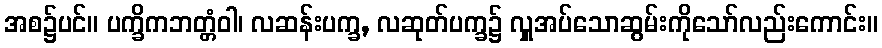
အစ၌ပင်။ ပက္ခိကဘတ္တံဝါ၊ လဆန်းပက္ခ, လဆုတ်ပက္ခ၌ လှူအပ်သောဆွမ်းကိုသော်လည်းကောင်း။